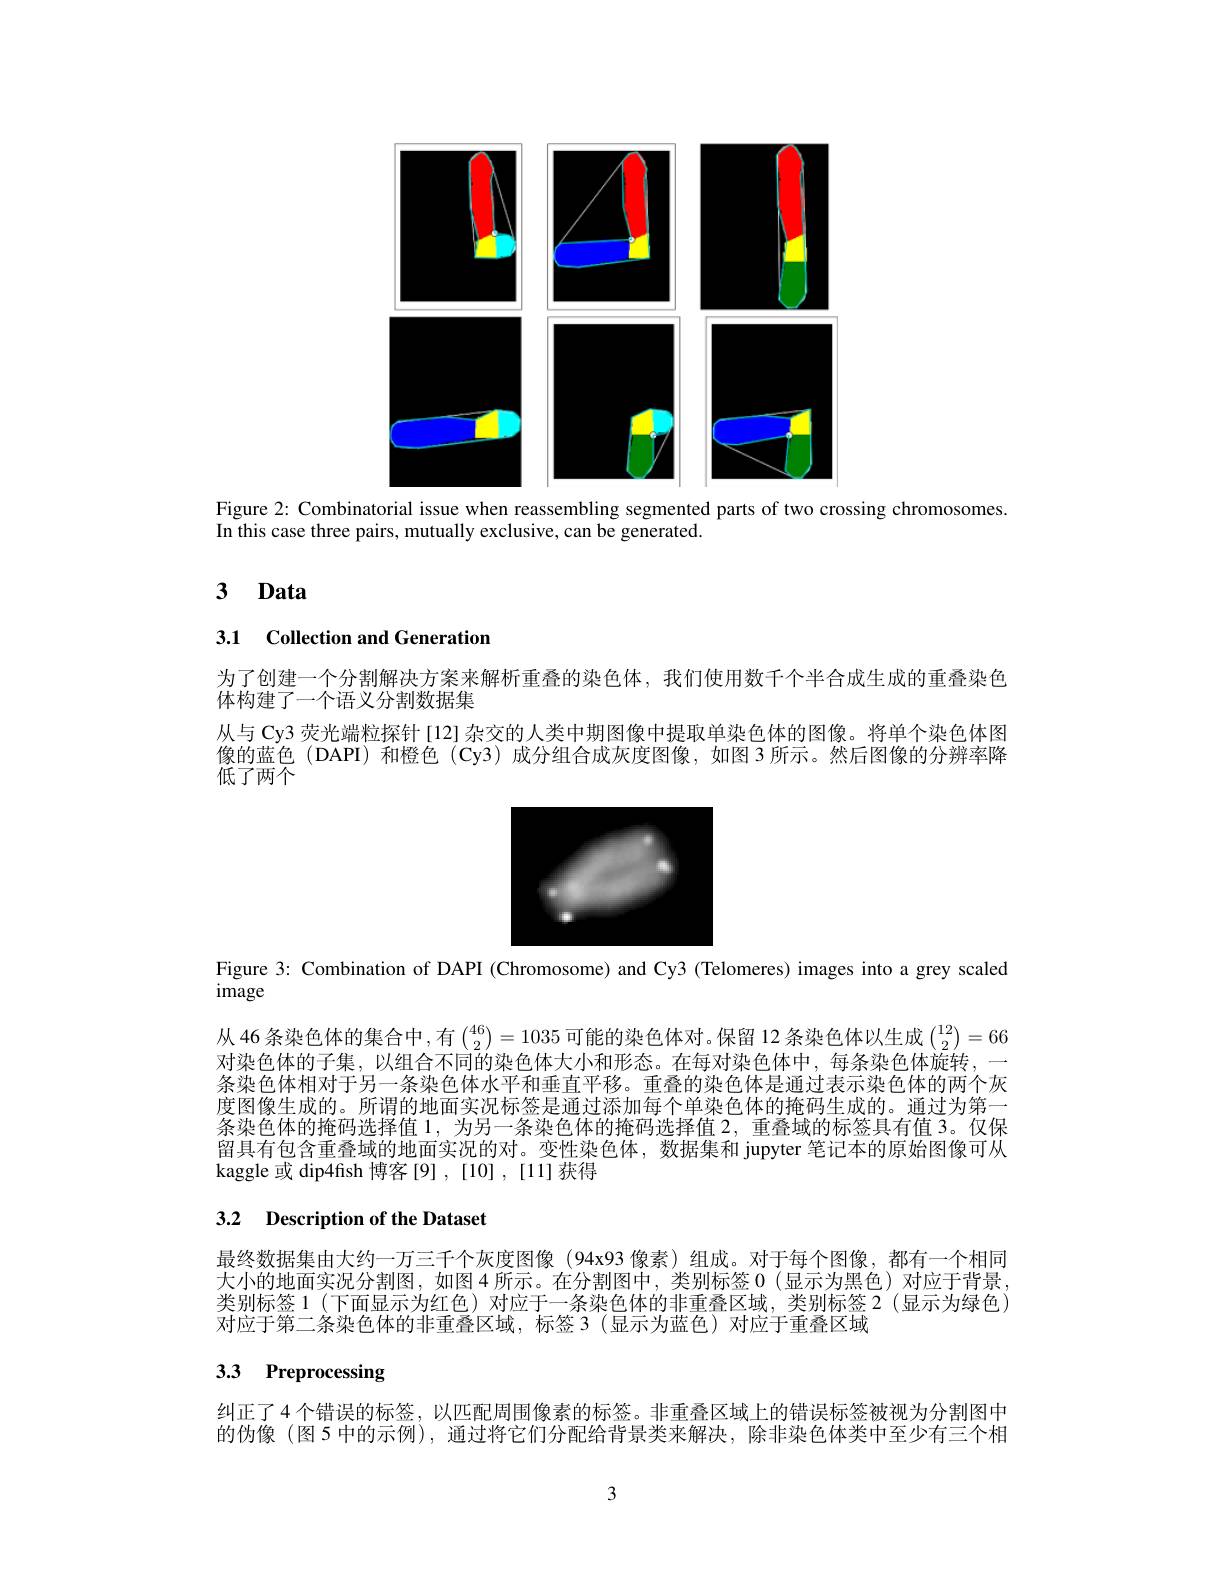
<FigureHere>

Figure 2: Combinatorial issue when reassembling segmented parts of two crossing chromosomes
In this case three pairs, mutually exclusive, can be generated.

# 3 Data

## 3.1 Collection and Generation

为了创建一个分割解决方案来解析重叠的染色体，我们使用数千个半合成生成的重叠染色
体构建了一个语义分割数据集
从与 Cy3 荧光端粒探针 [12] 杂交的人类中期图像中提取单染色体的图像。将单个染色体图像的蓝色 (DAPI)和橙色 (Cy3)成分组合成灰度图像，如图 3 所示。然后图像的分辨率降低了两个

<FigureHere>

Figure 3: Combination of DAPI (Chromosome) and Cy3 (Telomeres) images into a grey scaled

image

从 46 条染色体的集合中，有$\binom{46}2=1035$可能的染色体对。保留 12 条染色体以生成$\binom{12}2=66$ 对染色体的子集，以组合不同的染色体大小和形态。在每对染色体中，每条染色体旋转，一条染色体相对于另一条染色体水平和垂直平移。重叠的染色体是通过表示染色体的两个灰度图像生成的。所谓的地面实况标签是通过添加每个单染色体的掩码生成的。通过为第一条染色体的掩码选择值 1,为另一条染色体的掩码选择值 2,重叠域的标签具有值 3。仅保留具有包含重叠域的地面实况的对。变性染色体，数据集和 jupyter 笔记本的原始图像可从kaggle 或 dip4fish 博客[9] , [10] , [11] 获得

## 3.2 Description of the Dataset

最终数据集由大约一万三千个灰度图像 (94x93 像素)组成。对于每个图像，都有一个相同大小的地面实况分割图，如图 4 所示。在分割图中，类别标签 0(显示为黑色)对应于背景类别标签 1(下面显示为红色)对应于一条染色体的非重叠区域，类别标签2(显示为绿色) 对应于第二条染色体的非重叠区域，标签3(显示为蓝色)对应于重叠区域

# 3.3 Preprocessing

纠正了4个错误的标签，以匹配周围像素的标签。非重叠区域上的错误标签被视为分割图中的伪像(图5 中的示例),通过将它们分配给背景类来解决，除非染色体类中至少有三个相

3